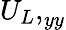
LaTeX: {U_{L},}_{yy}